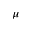
\mu